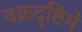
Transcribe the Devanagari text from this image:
वक्रदृष्टिमे